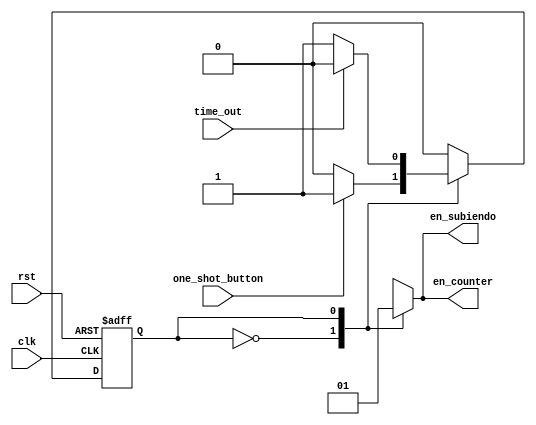
`timescale 1ns / 1ps
//////////////////////////////////////////////////////////////////////////////////
// Company: 
// Engineer: 
// 
// Design Name: 
// Module Name:    FSM_pajarito 
// Project Name: 
// Target Devices: 
// Tool versions: 
// Description: 
//
// Dependencies: 
//
// Revision: 
// Revision 0.01 - File Created
// Additional Comments: 
//
//////////////////////////////////////////////////////////////////////////////////
module FSM_pajarito(
	input clk,
	input rst,
	input one_shot_button,
	input time_out,
	output reg en_subiendo,
	output reg en_counter
    );

localparam fall = 0, up = 1;
reg CurrentState;

always@(posedge clk, negedge rst)begin
	if(!rst)	CurrentState <= fall;
	else
	case(CurrentState)
		fall: begin 
			if(one_shot_button)
				CurrentState <= up;
		end
		up: begin 
			if(time_out) begin
				CurrentState <= fall;
			end
		end
		default: CurrentState <= fall;
	endcase
end
always@(*)begin
	case(CurrentState)
		fall:begin
			en_subiendo <= 0;
			en_counter <= 0;
		end
		up: begin
			en_subiendo <= 1;
			en_counter <= 1;
		end
		default:begin 
			en_subiendo <= 0;
			en_counter <= 0;
		end
	endcase
end

endmodule